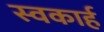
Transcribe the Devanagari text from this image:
स्वकार्ह